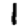
Digit: 1